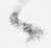
々